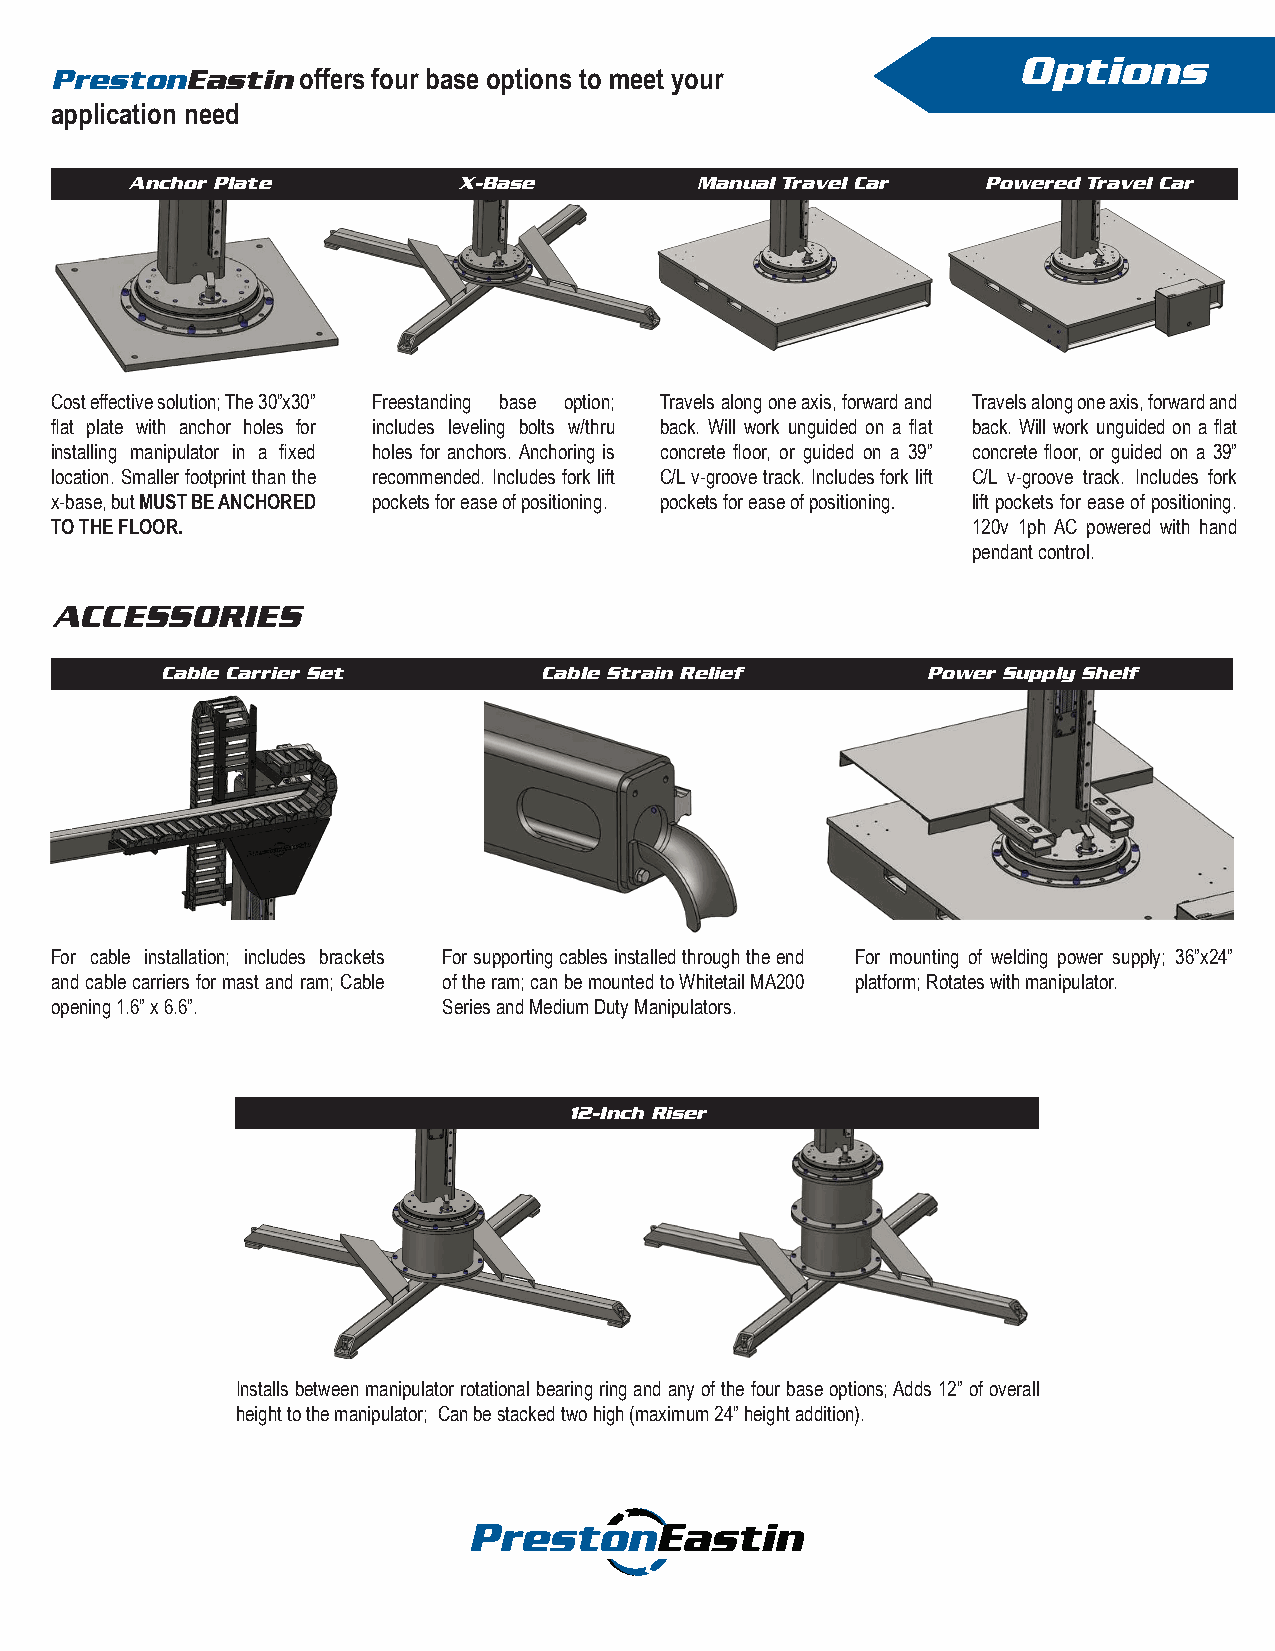
Options
 PrestonEastin    offers four base options to meet your
 application need
 Anchor Plate          X-Base          Manual Travel Car  Powered Travel Car
 Cost effective solution; The 30”x30” Freestanding base option; Travels along one axis, forward and Travels along one axis, forward and
 flat plate with anchor holes for includes leveling bolts w/thru back. Will work unguided on a flat back. Will work unguided on a flat
 installing manipulator in a fixed holes for anchors. Anchoring is concrete floor, or guided on a 39” concrete floor, or guided on a 39”
 location. Smaller footprint than the recommended. Includes fork lift C/L v-groove track. Includes fork lift C/L v-groove track. Includes fork
 x-base, but MUST BE ANCHORED pockets for ease of positioning. pockets for ease of positioning. lift pockets for ease of positioning.
 TO THE FLOOR.                                                120v 1ph AC powered with hand
 pendant control.
 ACCESSORIES
 Cable Carrier Set        Cable Strain Relief      Power Supply Shelf
 For cable installation; includes brackets For supporting cables installed through the end For mounting of welding power supply; 36”x24”
 and cable carriers for mast and ram; Cable of the ram; can be mounted to Whitetail MA200 platform; Rotates with manipulator.
 opening 1.6” x 6.6”.      Series and Medium Duty Manipulators.
 12-Inch Riser
 Installs between manipulator rotational bearing ring and any of the four base options; Adds 12” of overall
 height to the manipulator; Can be stacked two high (maximum 24” height addition).